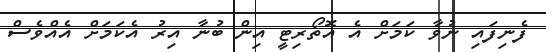
ފެނިފައި ނުވާ ކަމަށް އެ އޮތޯރިޓީ އިން ބުނާ އިރު އެކަމަށް އެއްވެސް